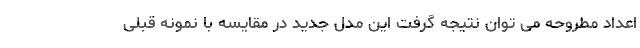
اعداد مطروحه می توان نتیجه گرفت این مدل جدید در مقایسه با نمونه قبلی